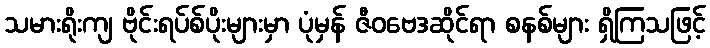
သမားရိုးကျ ဗိုင်းရပ်စ်ပိုးများမှာ ပုံမှန် ဇီဝဗေဒဆိုင်ရာ စနစ်များ ရှိကြသဖြင့်